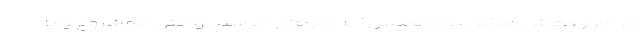
در امرار معاش ممکن بود همسر را به کارهای ناپسند و حتی نامشروع و یا